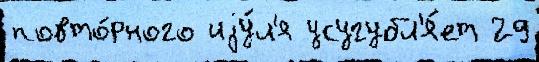
повто́рного иjу́л'я усугубл'я́ет 29